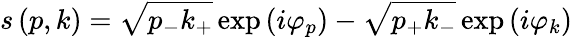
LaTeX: s\left(p,k\right)=\sqrt{p_{-}k_{+}}\exp\left(i\varphi_{p}\right)-\sqrt{p_{+}k_{-}}\exp\left(i\varphi_{k}\right)